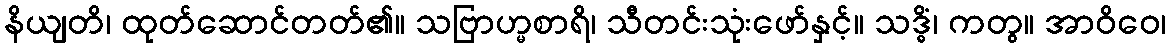
နိယျတိ၊ ထုတ်ဆောင်တတ်၏။ သဗြာဟ္မစာရိ၊ သီတင်းသုံးဖော်နှင့်။ သဒ္ဓိံ၊ ကတွ။ အာဝိဝေ၊